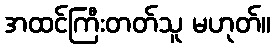
အထင်ကြီးတတ်သူ မဟုတ်။